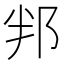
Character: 𮟵